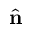
\hat { \mathbf { n } }